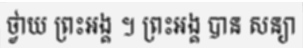
ថ្វាយ ព្រះអង្គ ។ ព្រះអង្គ បាន សន្យា